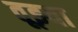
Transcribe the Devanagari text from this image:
तूझ्या